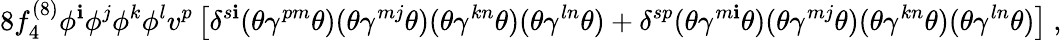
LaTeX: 8f_{4}^{(8)}\phi^{\mathbf{i}}\phi^{j}\phi^{k}\phi^{l}v^{p}\left[\delta^{s\mathbf{i}}(\theta\gamma^{pm}\theta)(\theta\gamma^{mj}\theta)(\theta\gamma^{kn}\theta)(\theta\gamma^{ln}\theta)+\delta^{sp}(\theta\gamma^{m\mathbf{i}}\theta)(\theta\gamma^{mj}\theta)(\theta\gamma^{kn}\theta)(\theta\gamma^{ln}\theta)\right]~,